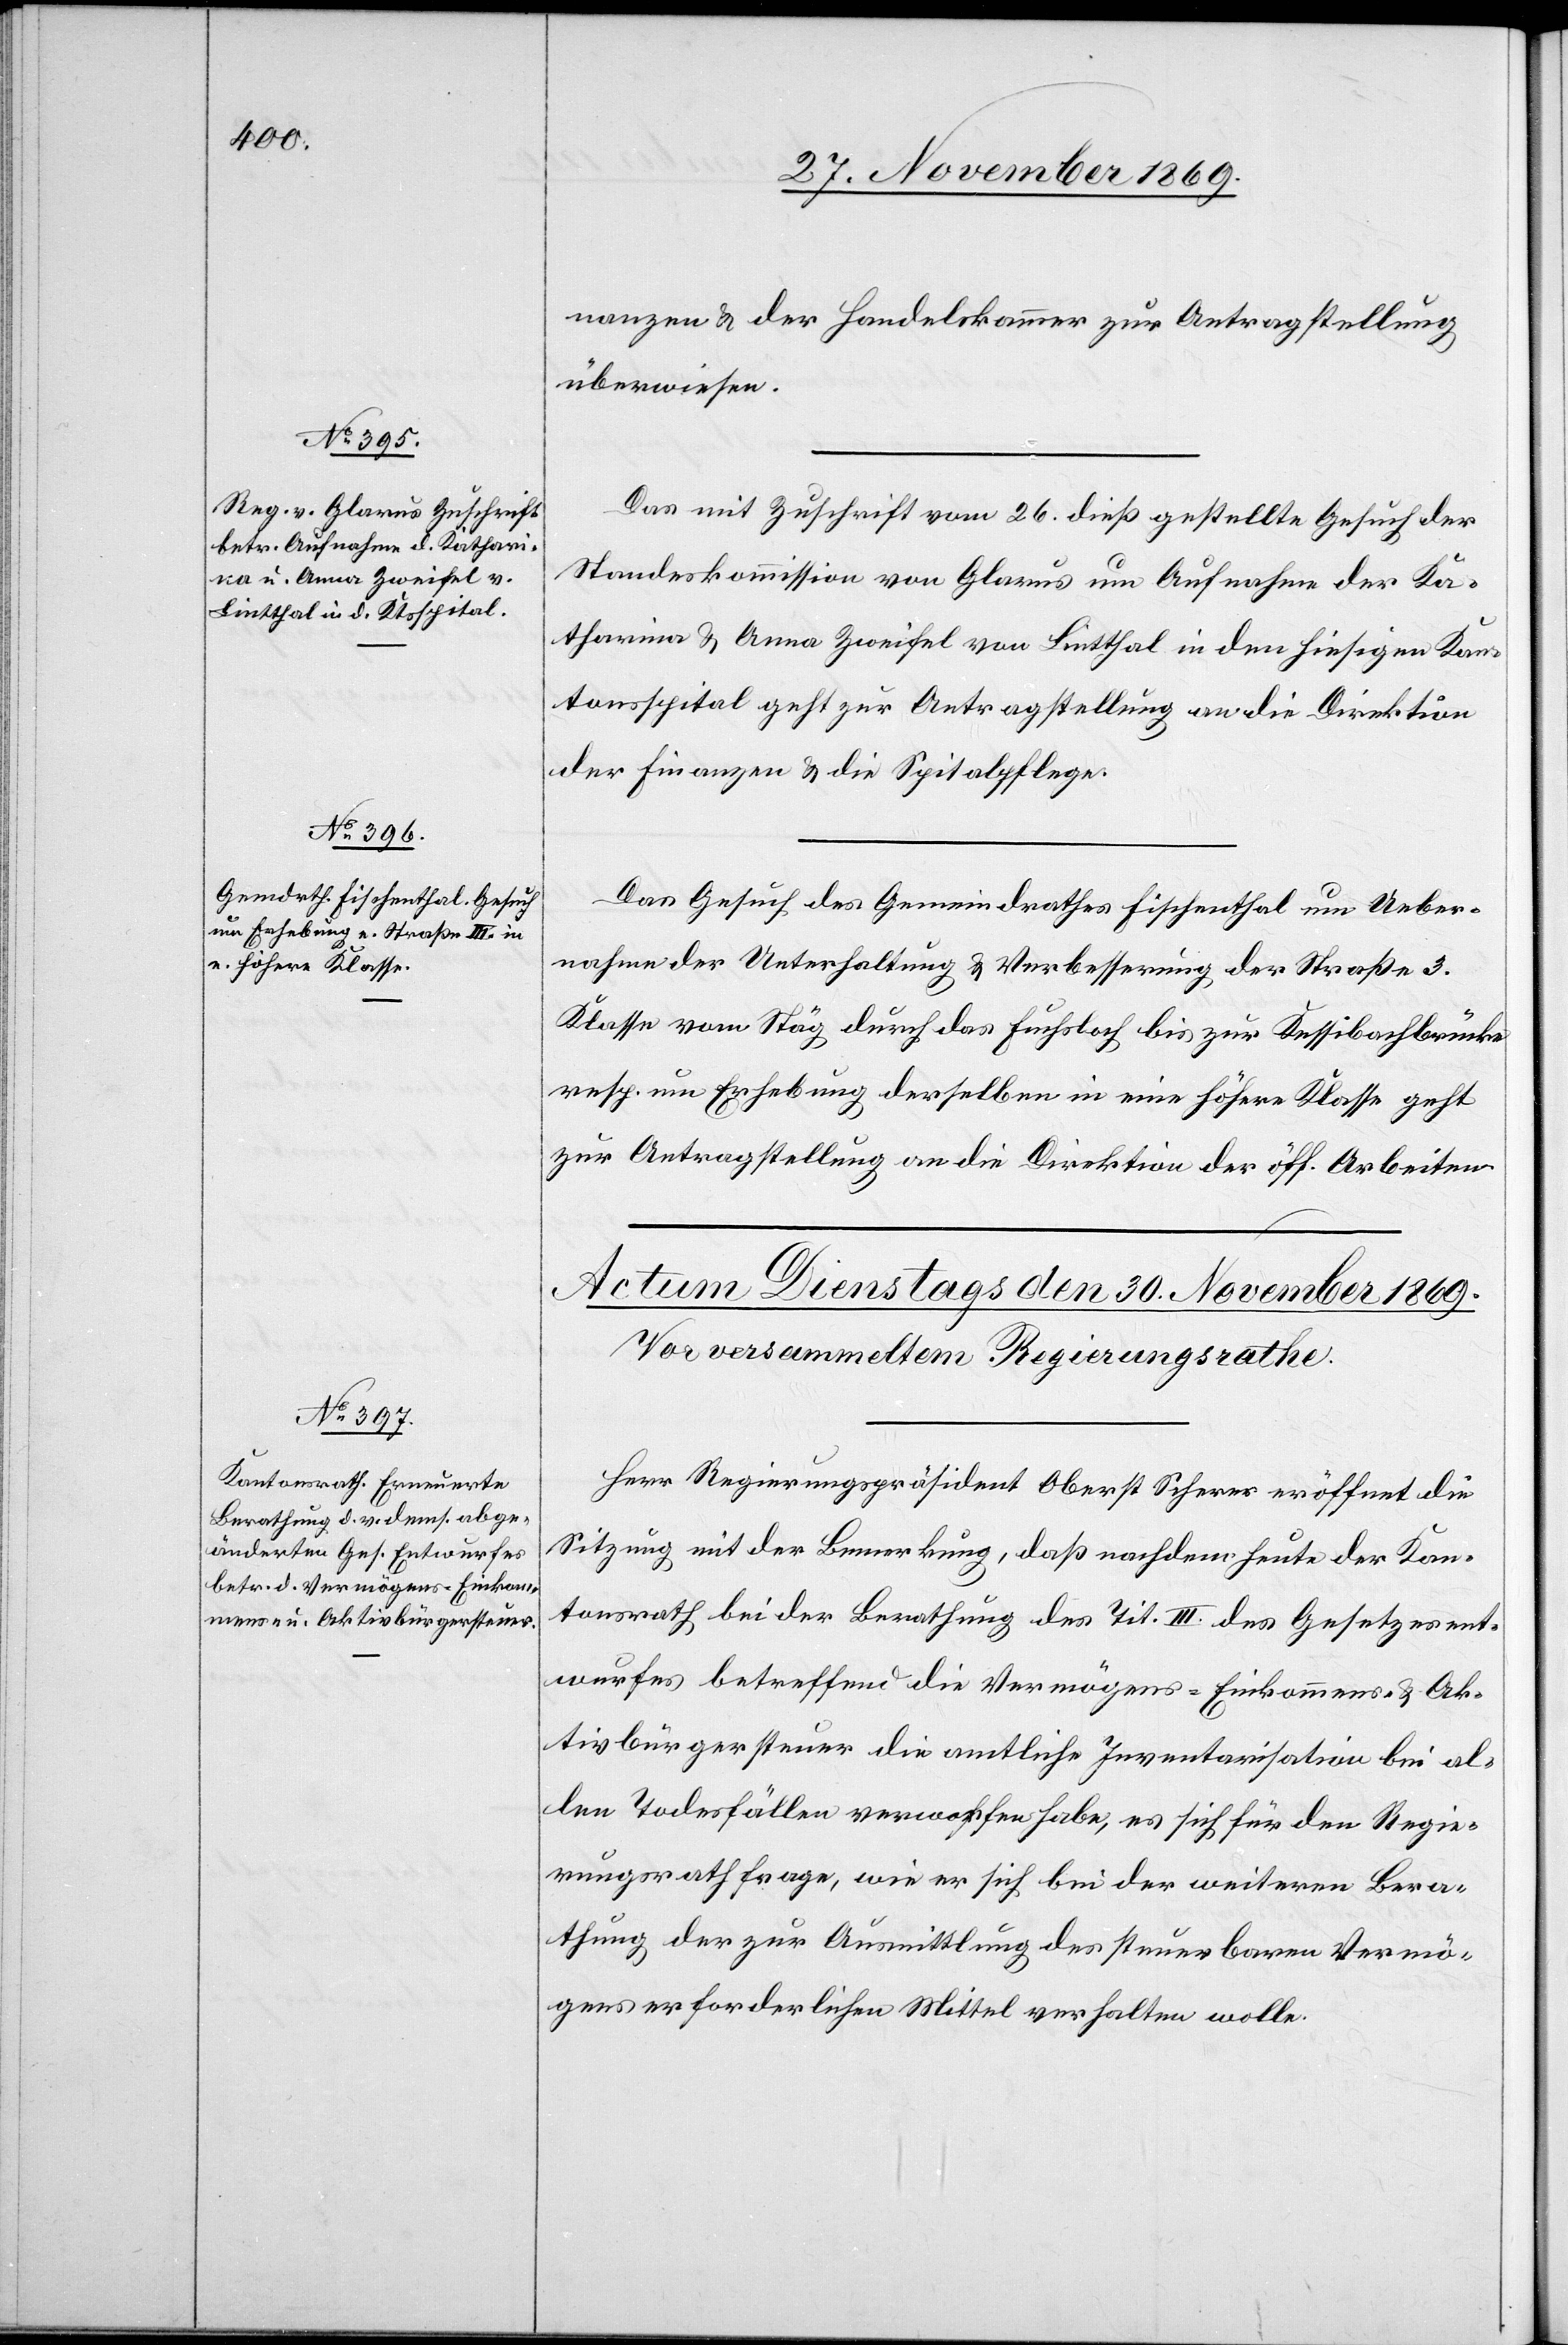
29. November 1869.]
nanzen & der Handelskammer zur Antragstellung
überwiesen.
Das mit Zuschrift vom 26. dieß gestellte Gesuch der
Standeskommission von Glarus um Aufnahme der Ka¬
tharina & Anna Zweifel von Lintthal in den hiesigen Kan¬
tonsspital geht zur Antragstellung an die Direktion
der Finanzen & die Spitalpflege.
Das Gesuch des Gemeindrathes Fischenthal um Ueber¬
nahme der Unterhaltung & Verbesserung der Straße 3.
Klasse vom Stäg durch das Fuchsloch bis zur Kessibachbrücke
resp. um Erhebung derselben in eine höhere Klasse geht
zur Antragstellung an die Direktion der öff. Arbeiten.
Herr Regierungspräsident Oberst Scherer eröffnet die
Sitzung mit der Bemerkung, daß nachdem heute der Kan¬
tonsrath bei der Berathung des Tit. III. des Gesetzesent¬
wurfes betreffend die Vermögens-[,] Einkommens- & Ak¬
tivbürgersteuer die amtliche Inventarisation bei al¬
len Todesfällen verworfen habe, es sich für den Regie¬
rungsrath frage, wie er sich bei der weiteren Bera¬
thung der zur Ausmittlung des steuerbaren Vermö¬
gens erforderlichen Mittel verhalten wolle.